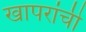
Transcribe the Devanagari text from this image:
खापरांची